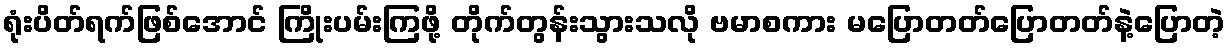
ရုံးပိတ်ရက်ဖြစ်အောင် ကြိုးပမ်းကြဖို့ တိုက်တွန်းသွားသလို ဗမာစကား မပြောတတ်ပြောတတ်နဲ့ပြောတဲ့